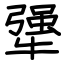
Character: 犟